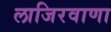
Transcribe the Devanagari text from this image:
लाजिरवाणा